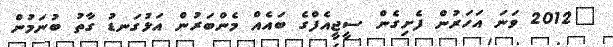
"2012 ވަނަ އަހަރުން ފެށިގެން ސީޖީއެފްގެ ބައެއް މެންބަރުން އަޅުގަނޑު ގާތު ބުނަމުން